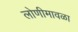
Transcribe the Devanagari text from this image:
लोणीमावळा